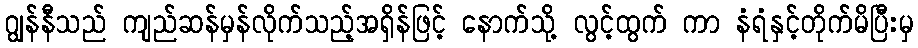
ဂျွန်နီသည် ကျည်ဆန်မှန်လိုက်သည့်အရှိန်ဖြင့် နောက်သို့ လွင့်ထွက် ကာ နံရံနှင့်တိုက်မိပြီးမှ